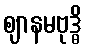
ဈာနမဗုဒ္ဓိ